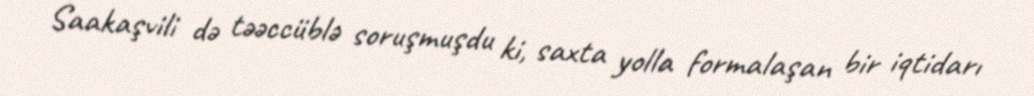
Saakaşvili də təəccüblə soruşmuşdu ki, saxta yolla formalaşan bir iqtidarı